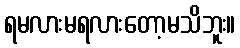
ရမလားမရလားတော့မသိဘူး။